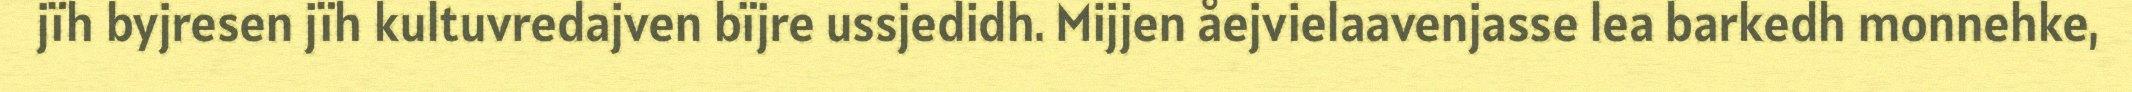
jïh byjresen jïh kultuvredajven bïjre ussjedidh. Mijjen åejvielaavenjasse lea barkedh monnehke,